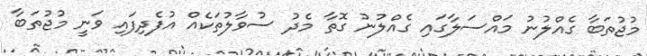
މުޖުތަބާ ގެއްލުނު މައްސަލާގައި ގެއްލުނު ގޮތާ މެދު ސުވާލުތަކެއް އުފެދިފައި ވަނީ މުޖުތަބާ